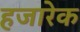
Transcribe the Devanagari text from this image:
हजारेक